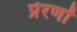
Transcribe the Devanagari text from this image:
प्रेरणों